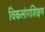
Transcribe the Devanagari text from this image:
विकलांगशिक्षण